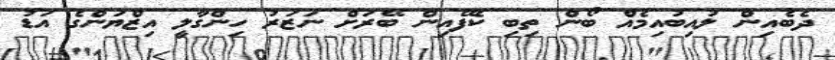
ދެބެއިން ލުއިބުއިމެއް ބޯން ތިބި ކެފޭއިން ބޭރަށް ނަޒަރު ހިންގާލީ އިޒްޔަންގެ އަޑު